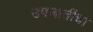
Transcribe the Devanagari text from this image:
उपजातींचा